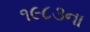
૧૯૮૩ના